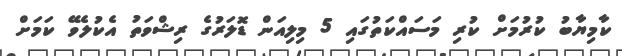
ކާމިޔާބު ކުރުމަށް ކުރި މަސައްކަތުގައި 5 މިލިއަން ޑޮލަރުގެ ރިޝްވަތު އެކުލެވޭ ކަމަށް